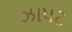
ઝાપટ